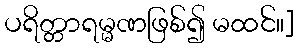
ပရိတ္တာရမ္မဏဖြစ်၍ မထင်။]